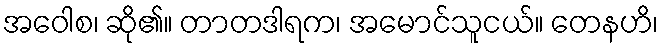
အဝေါစ၊ ဆို၏။ တာတဒါရက၊ အမောင်သူငယ်။ တေနဟိ၊